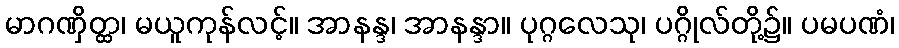
မာဂဏှိတ္ထ၊ မယူကုန်လင့်။ အာနန္ဒ၊ အာနန္ဒာ။ ပုဂ္ဂလေသု၊ ပဂ္ဂိုလ်တို့၌။ ပမပဏံ၊